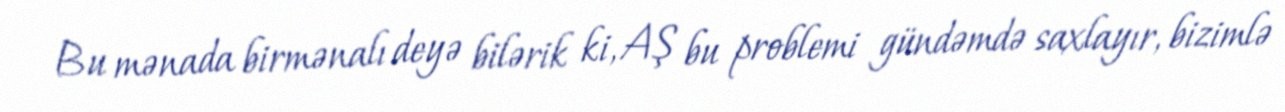
Bu mənada birmənalı deyə bilərik ki, AŞ bu problemi gündəmdə saxlayır, bizimlə